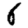
Digit: 6